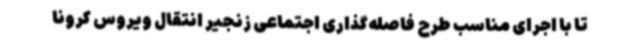
تا با اجرای مناسب طرح فاصله‌گذاری اجتماعی زنجیر انتقال ویروس کرونا